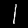
Label: 1